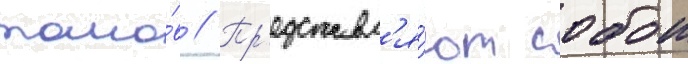
томо́в // Пр'едставл'я́ют собои